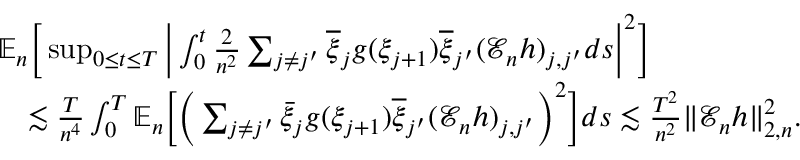
\begin{array} { r l } & { \mathbb { E } _ { n } \bigg [ \operatorname* { s u p } _ { 0 \le t \le T } \bigg | \int _ { 0 } ^ { t } \frac { 2 } { n ^ { 2 } } \sum _ { j \neq j ^ { \prime } } \overline { { \xi } } _ { j } g ( \xi _ { j + 1 } ) \overline { { \xi } } _ { j ^ { \prime } } ( \mathscr { E } _ { n } h ) _ { j , j ^ { \prime } } d s \bigg | ^ { 2 } \bigg ] } \\ & { \quad \lesssim \frac { T } { n ^ { 4 } } \int _ { 0 } ^ { T } \mathbb { E } _ { n } \bigg [ \bigg ( \sum _ { j \neq j ^ { \prime } } \bar { \xi } _ { j } g ( \xi _ { j + 1 } ) \overline { { \xi } } _ { j ^ { \prime } } ( \mathscr { E } _ { n } h ) _ { j , j ^ { \prime } } \bigg ) ^ { 2 } \bigg ] d s \lesssim \frac { T ^ { 2 } } { n ^ { 2 } } \| \mathscr { E } _ { n } h \| _ { 2 , n } ^ { 2 } . } \end{array}